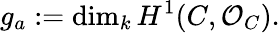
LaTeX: g_{a}:=\dim_{k}H^{1}(C,{\mathcal{O}}_{C}).